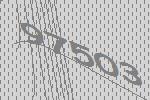
97503